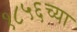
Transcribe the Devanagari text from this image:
१८५६च्या